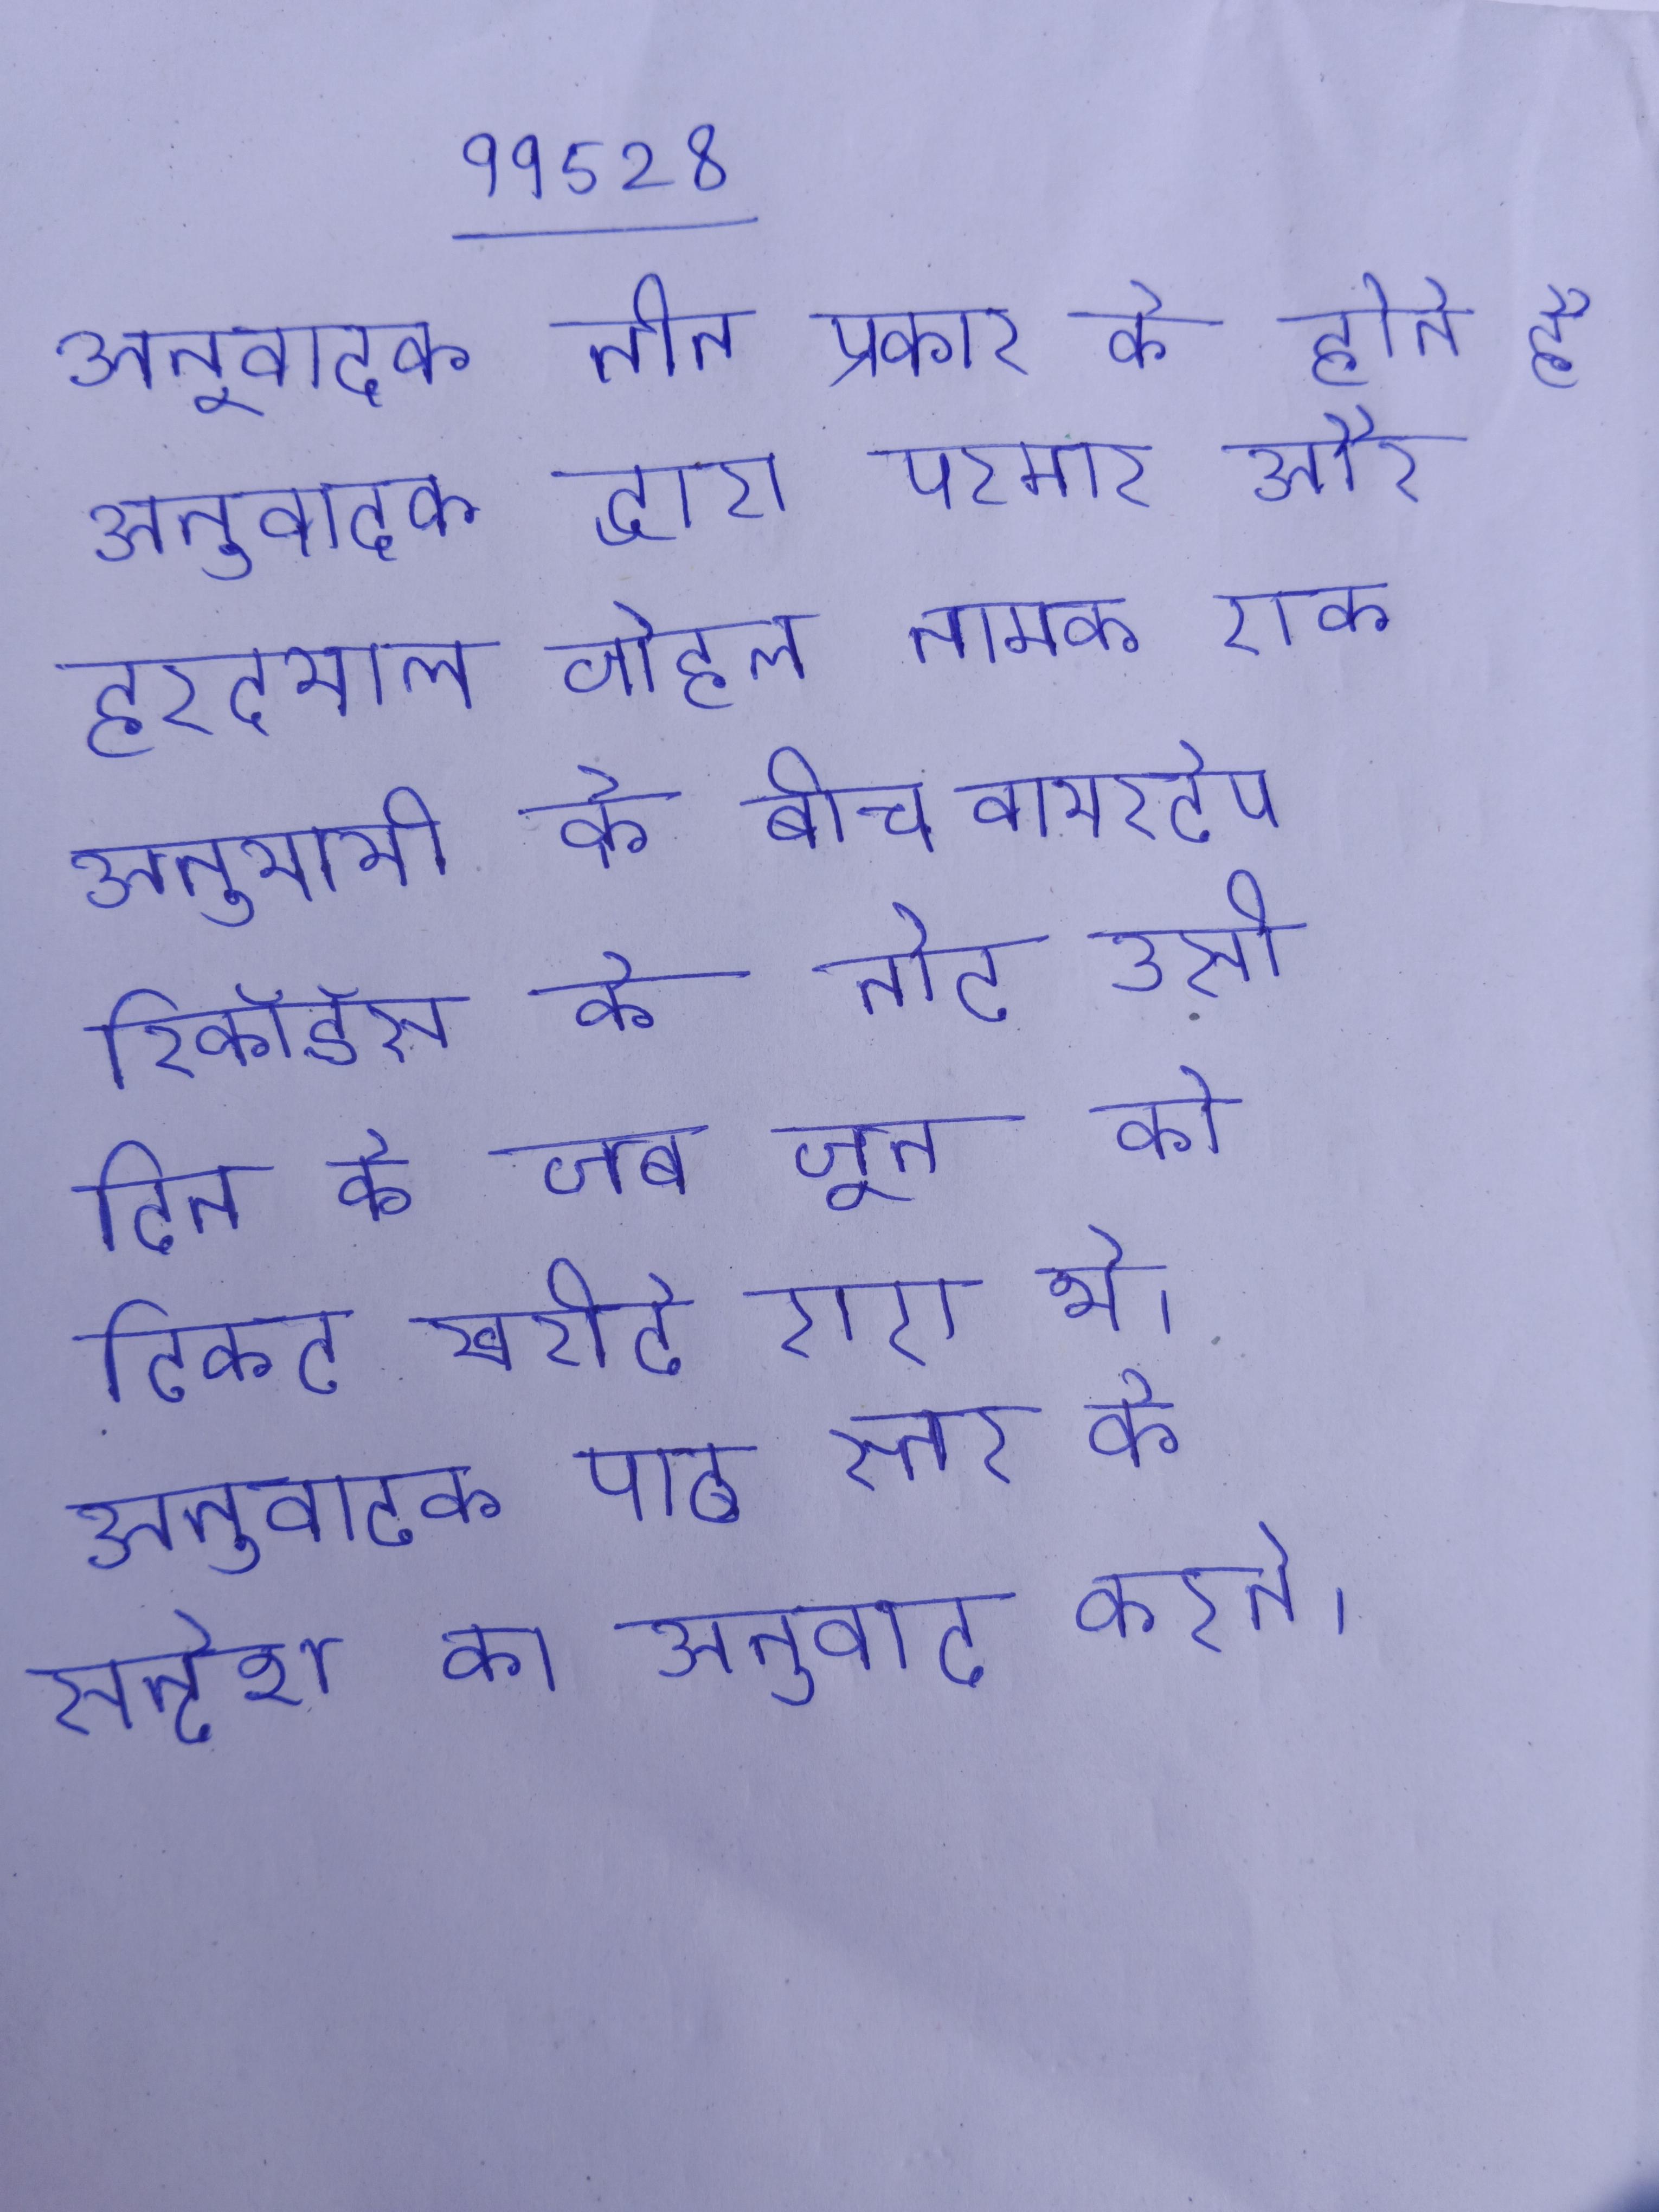
अनुवादक तीन प्रकार के होते है अनुवादक द्वारा परमार और हरदयाल जोहल नामक एक अनुयायी के बीच वायरटेप रिकॉर्ड्स के नोट उसी दिन के जब जून को टिकट खरीदे गए थे । अनुवादक पाठ स्तर के सन्देश का अनुवाद करते ।